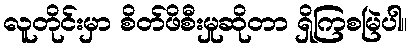
လူတိုင်းမှာ စိတ်ဖိစီးမှုဆိုတာ ရှိကြစမြဲပါ။